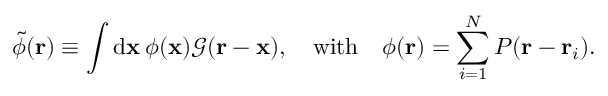
\tilde { \phi } ( \mathbf { r } ) \equiv \int \mathrm { d } \mathbf { x } \, \phi ( \mathbf { x } ) \mathcal { G } ( \mathbf { r } - \mathbf { x } ) , \quad \mathrm { w i t h } \quad \phi ( \mathbf { r } ) = \sum _ { i = 1 } ^ { N } P ( \mathbf { r } - \mathbf { r } _ { i } ) .